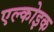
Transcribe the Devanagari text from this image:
एल्कोइक